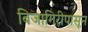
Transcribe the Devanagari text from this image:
बिजागिरीपासून